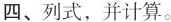
四、列式，并计算。